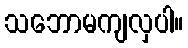
သဘောမကျလှပါ။